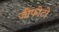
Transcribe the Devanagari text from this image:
जीफोटो